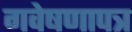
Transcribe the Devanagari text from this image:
गवेषणापत्र